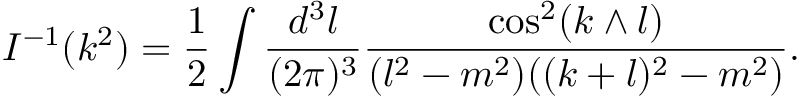
I ^ { - 1 } ( k ^ { 2 } ) = \frac 1 2 \int \frac { d ^ { 3 } l } { ( 2 \pi ) ^ { 3 } } \frac { \cos ^ { 2 } ( k \wedge l ) } { ( l ^ { 2 } - m ^ { 2 } ) ( ( k + l ) ^ { 2 } - m ^ { 2 } ) } .